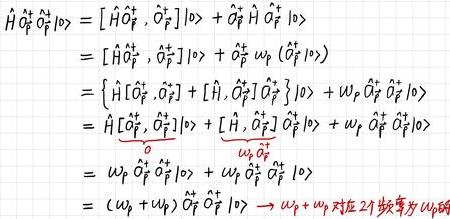
\(\hat{H}\hat{a}_{P}^{\dagger}\hat{a}_{P}^{\dagger}|0\rangle&=[\hat{H}\hat{a}_{P}^{\dagger},\hat{a}_{P}^{\dagger}]|0\rangle+\hat{a}_{P}^{\dagger}\hat{H}\hat{a}_{P}^{\dagger}|0\rangle\)\\
\(&=[\hat{H}\hat{a}_{P}^{\dagger},\hat{a}_{P}^{\dagger}]|0\rangle+\hat{a}_{P}^{\dagger}\omega_{P}(\hat{a}_{P}^{\dagger}|0\rangle)\)\\
\(&=\{ \hat{H}[\hat{a}_{P}^{\dagger},\hat{a}_{P}^{\dagger}]+[\hat{H},\hat{a}_{P}^{\dagger}]\hat{a}_{P}^{\dagger}\}|0\rangle+\omega_{P}\hat{a}_{P}^{\dagger}\hat{a}_{P}^{\dagger}|0\rangle\)\\
\(&=\underbrace{\hat{H}[\hat{a}_{P}^{\dagger},\hat{a}_{P}^{\dagger}]|0\rangle}_{0}+\underbrace{[\hat{H},\hat{a}_{P}^{\dagger}]\hat{a}_{P}^{\dagger}|0\rangle}_{\omega_{P}\hat{a}_{P}^{\dagger}}+\omega_{P}\hat{a}_{P}^{\dagger}\hat{a}_{P}^{\dagger}|0\rangle\)\\
\(&=\omega_{P}\hat{a}_{P}^{\dagger}\hat{a}_{P}^{\dagger}|0\rangle+\omega_{P}\hat{a}_{P}^{\dagger}\hat{a}_{P}^{\dagger}|0\rangle\)\\
\(&=(\omega_{P}+\omega_{P})\hat{a}_{P}^{\dagger}\hat{a}_{P}^{\dagger}|0\rangle\to\omega_{P}+\omega_{P} \)对应2 个数字为\(\omega_{P}\omega_{P}\)